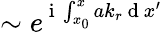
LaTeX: \sim e^{\mathrm{~i~}\int_{x_{0}}^{x}ak_{r}\mathrm{~d~}x^{\prime}}